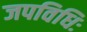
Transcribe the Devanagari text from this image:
जपविधिः